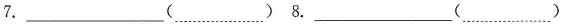
7._____( ……)8.____( ……)